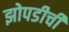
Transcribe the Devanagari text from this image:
झोपडीची